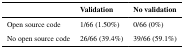
<table><thead><tr><td></td><td><b>Validation</b></td><td><b>No validation</b></td></tr></thead><tbody><tr><td>Open source code</td><td>1/66 (1.50%)</td><td>0/66 (0%)</td></tr><tr><td>No open source code</td><td>26/66 (39.4%)</td><td>39/66 (59.1%)</td></tr></tbody></table>